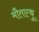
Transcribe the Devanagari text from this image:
मौतात्थु